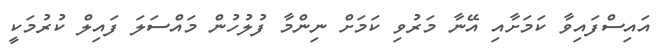
އައިސްފައިވާ ކަމަށާއި އޭނާ މަރުވި ކަމަށް ނިންމާ ފުލުހުން މައްސަލަ ފައިލް ކުރުމަކީ